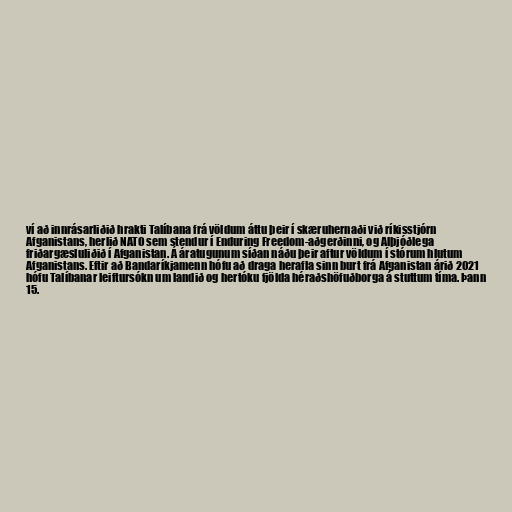
ví að innrásarliðið hrakti Talíbana frá völdum áttu þeir í skæruhernaði við ríkisstjórn
Afganistans, herlið NATO sem stendur í Enduring Freedom-aðgerðinni, og Alþjóðlega
friðargæsluliðið í Afganistan. Á áratugunum síðan náðu þeir aftur völdum í stórum hlutum
Afganistans. Eftir að Bandaríkjamenn hófu að draga herafla sinn burt frá Afganistan árið 2021
hófu Talíbanar leiftursókn um landið og hertóku fjölda héraðshöfuðborga á stuttum tíma. Þann
15.